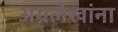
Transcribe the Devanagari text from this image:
अग्रलेखांना